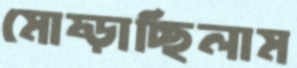
মোষ্‌ড়াচ্ছিলাম